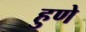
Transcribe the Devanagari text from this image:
हुणे